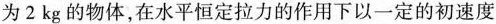
为2kg的物体，在水平恒定拉力的作用下以一定的初速度